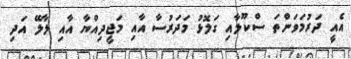
އެއީ ދަރުމަވަންތަ ސްކޫލާއި ގަލޮޅު މަދަރުސާ އާއި މަޖީދިއްޔާ އާއި ލާލޭ އަދި